Report on vaccination in Madras 1877-1894 - 1877-1894
Year: 1877
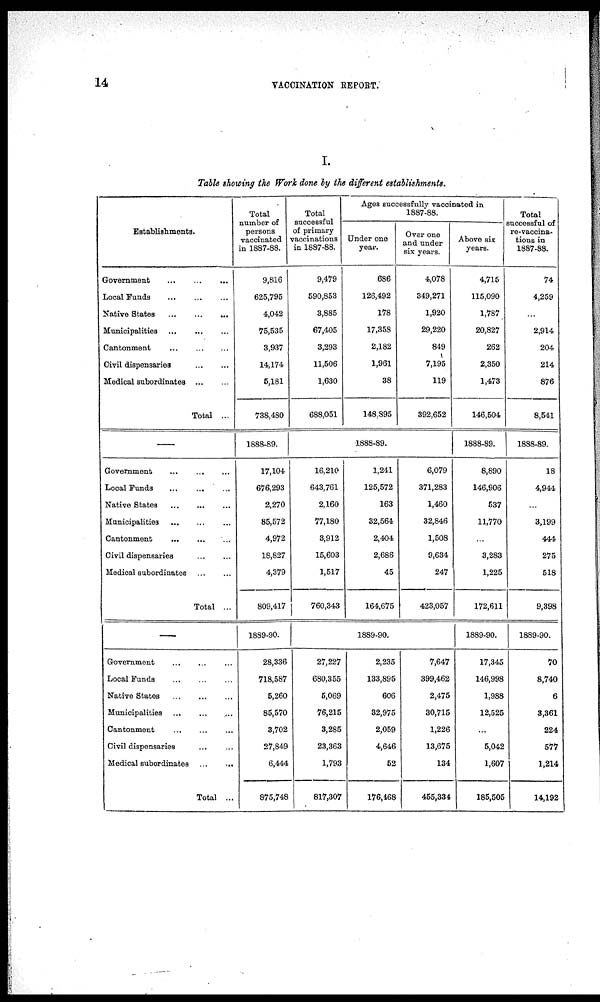
14
VACCINATION REPORT.
I.
Table showing the Work done by the different establishments.
Establishments.
Government
...
...
...
Local Funds
...
...
...
Native States
...
...
...
Municipalities
...
...
...
Cantonment
...
...
...
Civil dispensaries
...
...
Medical subordinates
...
...
Total ...
—
Government
...
...
...
Local Funds
...
...
...
Native States
...
...
...
Municipalities ... ... ...
Cantonment ... ... ...
Civil dispensaries
...
...
Medical subordinates
...
...
Total ...
—
Government ... ... ...
Local Funds
...
...
...
Native States
...
...
...
Municipalities ... ... ...
Cantonment
...
...
...
Civil dispensaries ... ...
Medical subordinates
...
...
Total ...
Total
number of
persons
vaccinated
in 1887-88.
9,816
625,795
4,042
75,535
3,937
14,174
5,181
738,480
1888-89.
17,104
676,293
2,270
85,572
4,972
18,827
4,379
809,417
1889-90.
28,336
718,587
5,260
85,570
3,702
27,849
6,444
875,748
Total
successful
of primary
vaccinations
in 1887-88.
9,479
590,853
3,885
67,405
3,293
11,506
1,630
688,051
Ages successfully vaccinated in
1887-88.
Under one
year.
686
126,492
178
17,358
2,182
1,961
38
148,895
Over one
and under
six years.
4,078
349,271
1,920
29,220
849
7,195
119
392,652
1888-89.
16,210
643,761
2,160
77,180
3,912
15,603
1,517
760,343
1,241
125,572
163
32,564
2,404
2,686
45
164,675
6,079
371,283
1,460
32,846
1,508
9,634
247
423,057
1889-90.
27,227
680,355
5,069
76,215
3,285
23,363
1,793
817,307
2,235
133,895
606
32,975
2,059
4,646
52
176,468
7,647
399,462
2,475
30,715
1,226
13,675
134
455,334
Above six
years.
4,715
115,090
1,787
20,827
262
2,350
1,473
146,504
1888-89.
8,890
146,906
537
11,770
...
3,283
1,225
172,611
1889-90.
17,345
146,998
1,988
12,525
...
6,042
1,607
185,505
Total
successful of
re-vaccina-
tions in
1887-88.
74
4,259
...
2,914
204
214
876
8,541
1888-89.
18
4,944
...
3,199
444
275
518
9,398
1889-90.
70
8,740
6
3,361
224
577
1,214
14,192